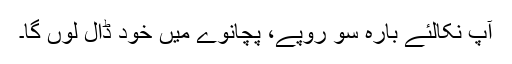
آپ نکالئے بارہ سو روپے، پچانوے میں خود ڈال لوں گا۔